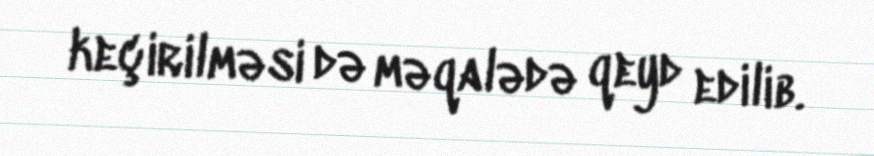
keçirilməsi də məqalədə qeyd edilib.